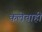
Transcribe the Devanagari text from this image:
कलेचाही